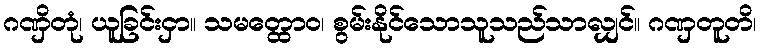
ဂဏှိတုံ၊ ယူခြင်းငှာ။ သမတ္ထောဝ၊ စွမ်းနိုင်သောသူသည်သာလျှင်။ ဂဏှတူတိ၊